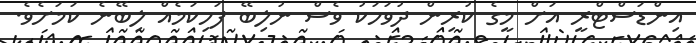
އިންޑަސްޓްރީ އަށް މީގެ ކުރިން ދުވަހަކު ވެސް ނުލިބޭ ފަހިކަމެއް ލިބޭނެ ކަމަށެވެ.